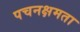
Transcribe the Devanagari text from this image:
पचनक्षमता